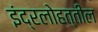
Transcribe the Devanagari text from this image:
इंद्रलोहत्तील